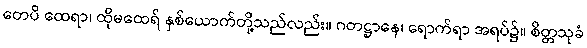
တေပိ ထေရာ၊ ထိုမထေရ် နှစ်ယောက်တို့သည်လည်း။ ဂတဋ္ဌာနေ၊ ရောက်ရာ အရပ်၌။ စိတ္တသုခံ